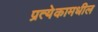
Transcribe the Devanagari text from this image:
प्रत्येकामधील